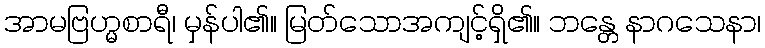
အာမဗြဟ္မစာရီ၊ မှန်ပါ၏။ မြတ်သောအကျင့်ရှိ၏။ ဘန္တေ နာဂသေနာ၊